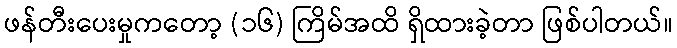
ဖန်တီးပေးမှုကတော့ (၁၆) ကြိမ်အထိ ရှိထားခဲ့တာ ဖြစ်ပါတယ်။